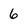
Character: 6